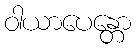
ဝါယာပေန္တော